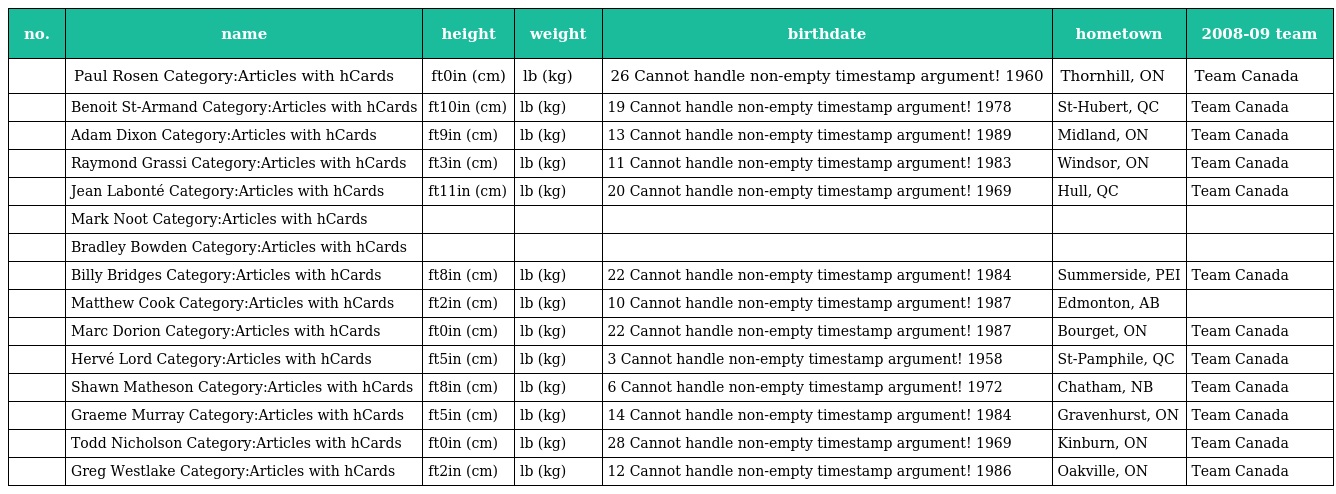
| no. | name | height | weight | birthdate | hometown | 2008-09 team |
 | --- | --- | --- | --- | --- | --- | --- |
 |  | Paul Rosen Category:Articles with hCards | ft0in (cm) | lb (kg) | 26 Cannot handle non-empty timestamp argument! 1960 | Thornhill, ON | Team Canada |
 |  | Benoit St-Armand Category:Articles with hCards | ft10in (cm) | lb (kg) | 19 Cannot handle non-empty timestamp argument! 1978 | St-Hubert, QC | Team Canada |
 |  | Adam Dixon Category:Articles with hCards | ft9in (cm) | lb (kg) | 13 Cannot handle non-empty timestamp argument! 1989 | Midland, ON | Team Canada |
 |  | Raymond Grassi Category:Articles with hCards | ft3in (cm) | lb (kg) | 11 Cannot handle non-empty timestamp argument! 1983 | Windsor, ON | Team Canada |
 |  | Jean Labonté Category:Articles with hCards | ft11in (cm) | lb (kg) | 20 Cannot handle non-empty timestamp argument! 1969 | Hull, QC | Team Canada |
 |  | Mark Noot Category:Articles with hCards |  |  |  |  |  |
 |  | Bradley Bowden Category:Articles with hCards |  |  |  |  |  |
 |  | Billy Bridges Category:Articles with hCards | ft8in (cm) | lb (kg) | 22 Cannot handle non-empty timestamp argument! 1984 | Summerside, PEI | Team Canada |
 |  | Matthew Cook Category:Articles with hCards | ft2in (cm) | lb (kg) | 10 Cannot handle non-empty timestamp argument! 1987 | Edmonton, AB |  |
 |  | Marc Dorion Category:Articles with hCards | ft0in (cm) | lb (kg) | 22 Cannot handle non-empty timestamp argument! 1987 | Bourget, ON | Team Canada |
 |  | Hervé Lord Category:Articles with hCards | ft5in (cm) | lb (kg) | 3 Cannot handle non-empty timestamp argument! 1958 | St-Pamphile, QC | Team Canada |
 |  | Shawn Matheson Category:Articles with hCards | ft8in (cm) | lb (kg) | 6 Cannot handle non-empty timestamp argument! 1972 | Chatham, NB | Team Canada |
 |  | Graeme Murray Category:Articles with hCards | ft5in (cm) | lb (kg) | 14 Cannot handle non-empty timestamp argument! 1984 | Gravenhurst, ON | Team Canada |
 |  | Todd Nicholson Category:Articles with hCards | ft0in (cm) | lb (kg) | 28 Cannot handle non-empty timestamp argument! 1969 | Kinburn, ON | Team Canada |
 |  | Greg Westlake Category:Articles with hCards | ft2in (cm) | lb (kg) | 12 Cannot handle non-empty timestamp argument! 1986 | Oakville, ON | Team Canada |